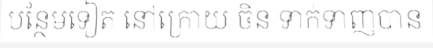
បន្ថែមទៀត នៅក្រោយ ចិន ទាក់ទាញបាន